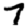
Digit: 7